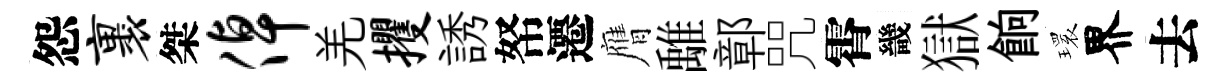
怨裹桀倬羌攫誘帑遷膺𩀌鄣咒霄畿獄餉𤨔界去